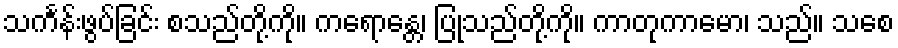
သင်္ကန်းဖွပ်ခြင်း စသည်တို့ကို။ ကရောန္တေ၊ ပြုသည်တို့ကို။ ကာတုကာမော၊ သည်။ သစေ